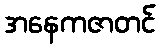
အနေကဇာတင်